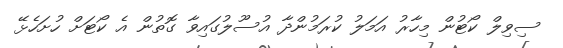
ސިވިލް ކޯޓުން މިހާރު އަމަލު ކުރަމުންދާ އުސޫލުގައިވާ ގޮތުން އެ ކޯޓަށް ހުށަހެޅޭ